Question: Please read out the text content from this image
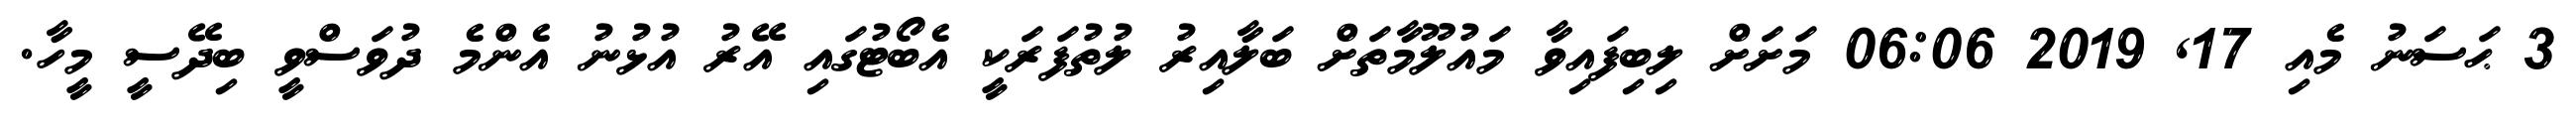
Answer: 3 ޙަސަނު މެއި 17, 2019 06:06 މަށަށް ލިބިފައިވާ މައުލޫމާތަށް ބަލާއިރު ލުތުފަރަކީ އެބޯޓުގައި އޭރު އުޅުނު އެންމެ ދުވަސްވީ ބިދޭސީ މީހާ.